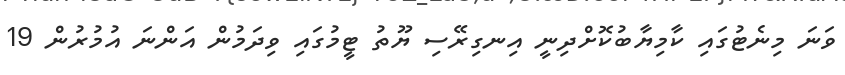
ވަނަ މިނެޓުގައި ކާމިޔާބުކޮށްދިނީ އިނގިރޭސި ޔޫތު ޓީމުގައި ވިދަމުން އަންނަ އުމުރުން 19